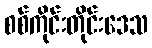
စစ်ကိုင်းတိုင်းဒေသ